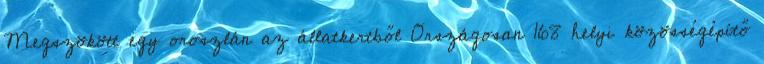
Megszökött egy oroszlán az állatkertből Országosan 168 helyi közösségépítő